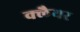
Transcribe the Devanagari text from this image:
क्लैयर